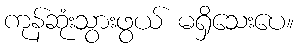
ကုန်ဆုံးသွားဖွယ် မရှိသေးပေ။